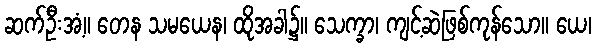
ဆက်ဦးအံ့။ တေန သမယေန၊ ထိုအခါ၌။ သေက္ခာ၊ ကျင့်ဆဲဖြစ်ကုန်သော။ ယေ၊